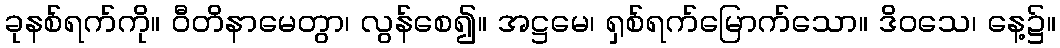
ခုနစ်ရက်ကို။ ဝီတိနာမေတွာ၊ လွန်စေ၍။ အဋ္ဌမေ၊ ရှစ်ရက်မြောက်သော။ ဒိဝသေ၊ နေ့၌။